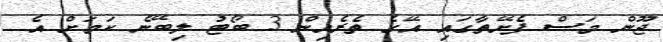
ޖޫން މަސް ފެށޭތާގައި އޭގެ ތެރެއިން 3 ބޯޓު ލިބޭނެ ކަމަށް އެ